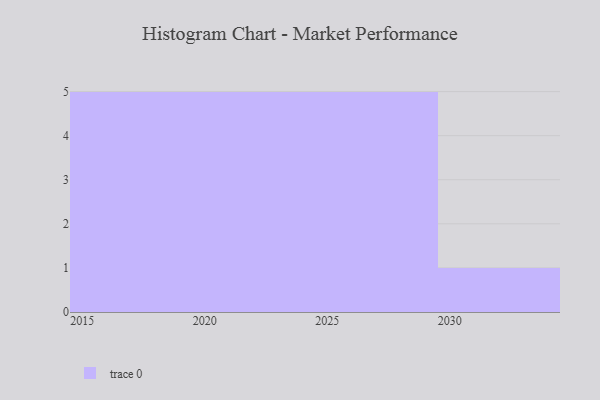
{"axis": {"x": "Year", "y": "Operating Costs (USD K)"}, "legend": [""], "data": [{"x": "2015", "y": 92, "type": ""}, {"x": "2016", "y": 97, "type": ""}, {"x": "2018", "y": 24, "type": ""}, {"x": "2028", "y": 1, "type": ""}, {"x": "2020", "y": 40, "type": ""}, {"x": "2019", "y": 94, "type": ""}, {"x": "2024", "y": 92, "type": ""}, {"x": "2025", "y": 51, "type": ""}, {"x": "2029", "y": 19, "type": ""}, {"x": "2026", "y": 21, "type": ""}, {"x": "2022", "y": 25, "type": ""}, {"x": "2030", "y": 32, "type": ""}, {"x": "2027", "y": 13, "type": ""}, {"x": "2021", "y": 59, "type": ""}, {"x": "2017", "y": 86, "type": ""}, {"x": "2023", "y": 29, "type": ""}]}